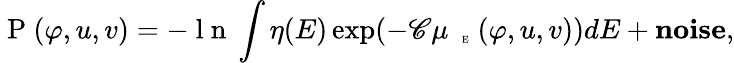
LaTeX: \mathrm{~P~}(\varphi,u,v)=-\mathrm{~l~n~}\int\eta(E)\exp(-{\mathscr C}\mu_{\mathrm{~{~\tiny~E~}~}}(\varphi,u,v))dE+\textbf{noise},